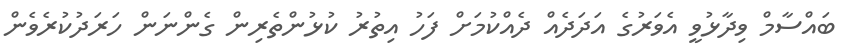
ބައްސާމް ވިދާޅުވީ އެވަރުގެ އަދަދެއް ދެއްކުމަށް ފަހު އިތުރު ކުޅުންތެރިން ގެންނަން ހަރަދުކުރެވެން